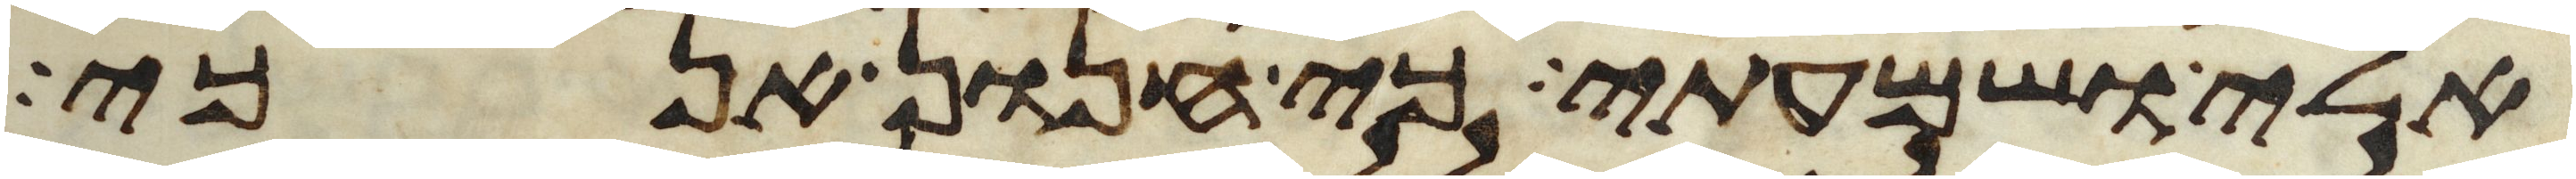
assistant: אלי ושמעתי כי חנון אנכי